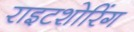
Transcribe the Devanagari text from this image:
राइटशोरिंग